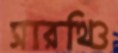
সারথিও